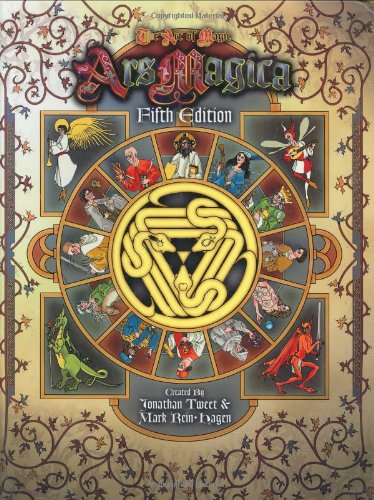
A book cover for Ars Magica, Fifth Edition (Ars Magica Fantasy Roleplaying); Jonathan Tweet; Science Fiction & Fantasy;